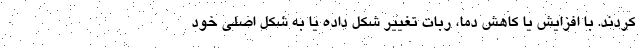
کردند. با افزایش یا کاهش دما، ربات تغییر شکل داده یا به شکل اصلی خود